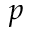
\mathnormal { p }